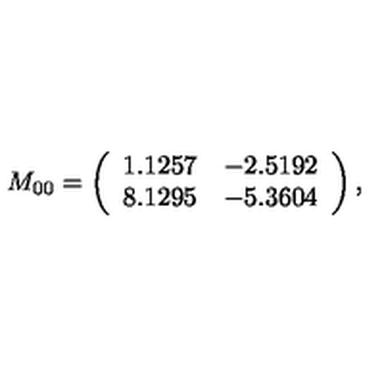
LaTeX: M _ { 0 0 } = \left( \begin{array} { c c } { 1 . 1 2 5 7 } & { - 2 . 5 1 9 2 } \\ { 8 . 1 2 9 5 } & { - 5 . 3 6 0 4 } \\ \end{array} \right) ,